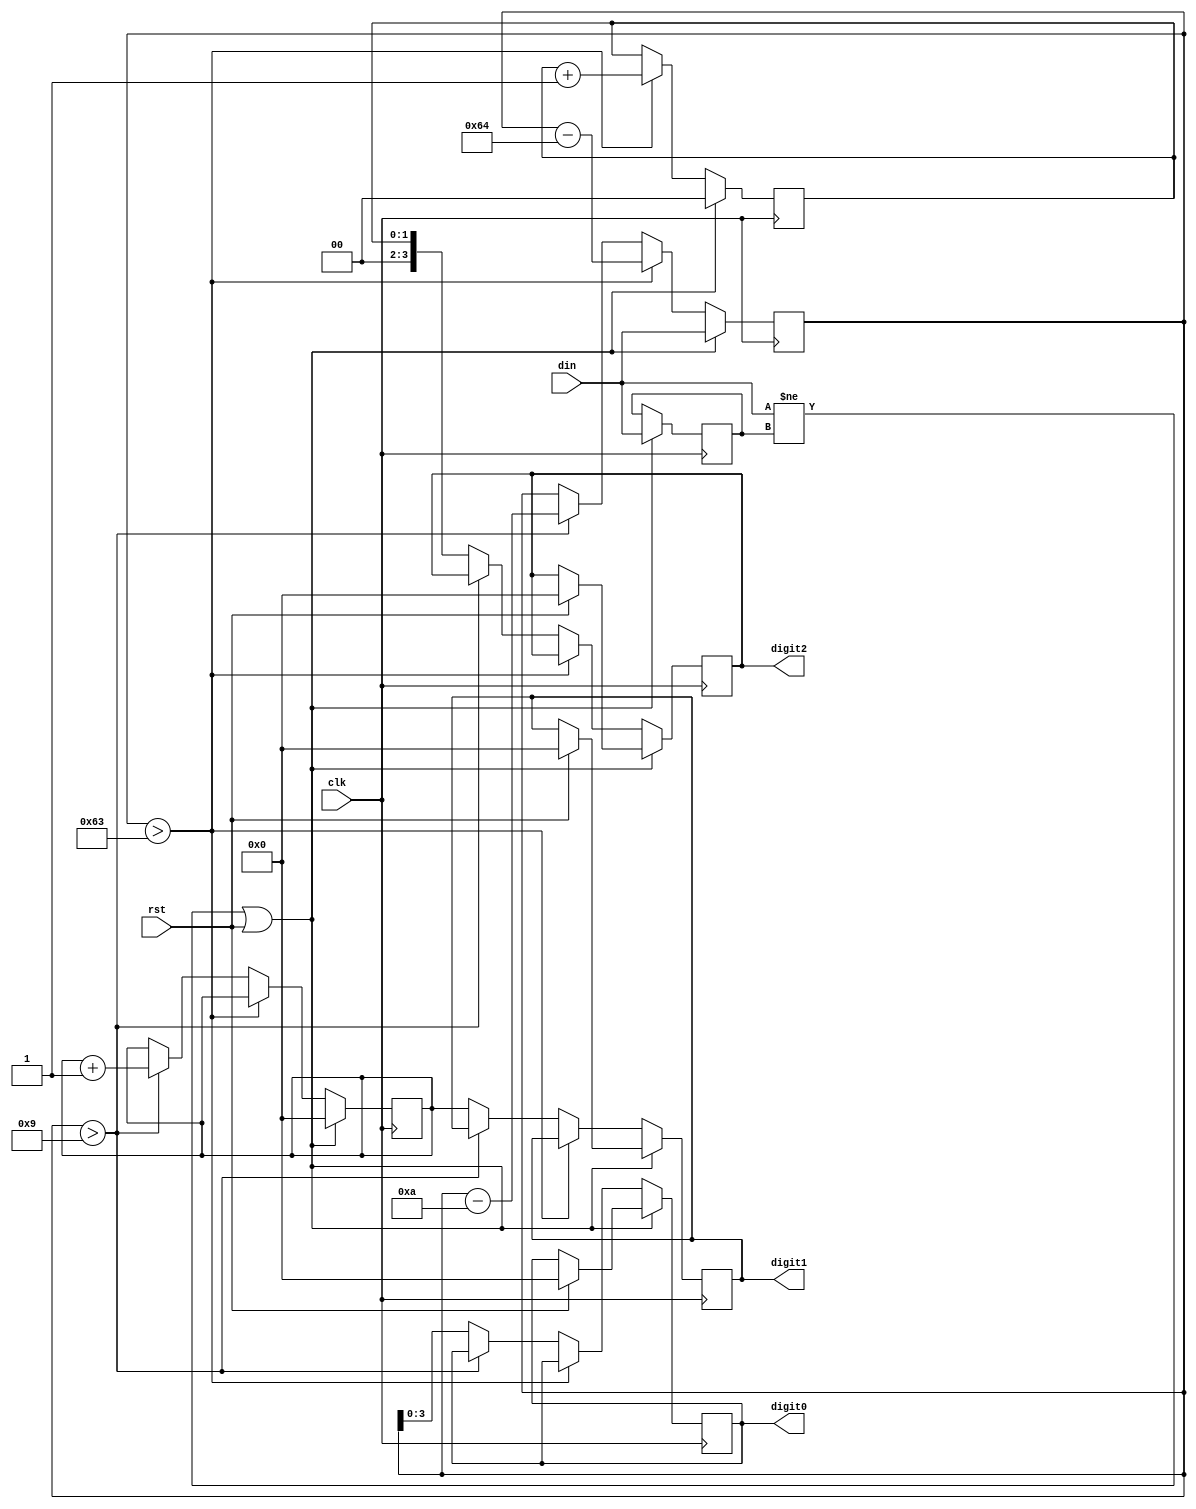
/********************************************************************/
/*                                                                  */
/* A bemenetkent kapott 8 bites, elojel nelkuli szamot BCD          */
/* formatumba konvertalja szekvencialisan, tobb orajel alatt. (Van  */
/* ennel sokkal jobb megoldas is).                                  */
/*                                                                  */
/********************************************************************/

`timescale 1ns / 1ps

module bin_to_bcd(
	input clk,                             //rendszerorajel
	input rst,                             //reset
	input[7:0] din,                        //a bemeneti 8 bites, elojel nelkuli szam
	output reg[3:0] digit2, digit1, digit0 //a kimeneti helyiertekek BCD formatumban
);

	reg[7:0] data_old;
	reg[7:0] data_conv;
	reg[3:0] tens;
	reg[1:0] hundreds;

	always@(posedge clk)
		if((din!=data_old)|rst) //latcheljuk a bemenetet
		begin
			data_old<=din;
			data_conv<=din;
			tens<=0;
			hundreds<=0;
			if(rst)
			begin
				digit2<=4'd0;
				digit1<=4'd0;
				digit0<=4'd0;
			end
		end
		else if(data_conv>8'd99) //megszamoljuk, hanyszor tudunk belole levonni 100-at
		begin
			data_conv<=data_conv-8'd100;
			hundreds<=hundreds+1'b1;
		end
		else if(data_conv>8'd9) //majd megszamoljuk, hanyszor tudunk belole levonni 10-et
		begin
			data_conv<=data_conv-8'd10;
			tens<=tens+1'b1;
		end
		else //keszen vagyunk
		begin
			digit2<={2'b00,hundreds};
			digit1<=tens;
			digit0<=data_conv[3:0];
		end

endmodule